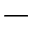
-